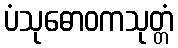
ပံသုဓောဝကသုတ္တံ